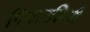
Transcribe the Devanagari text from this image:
गियारडिनी